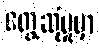
တွေ့ဆုံမှုမှာ